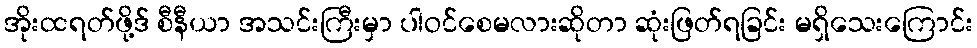
အိုးထရတ်ဖို့ဒ် စီနီယာ အသင်းကြီးမှာ ပါဝင်စေမလားဆိုတာ ဆုံးဖြတ်ရခြင်း မရှိသေးကြောင်း